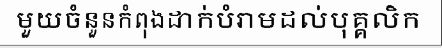
មួយចំនួនកំពុងដាក់បំរាមដល់បុគ្គលិក